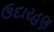
ઉદારહણ